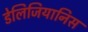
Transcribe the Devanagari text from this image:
डेलिजियानिस